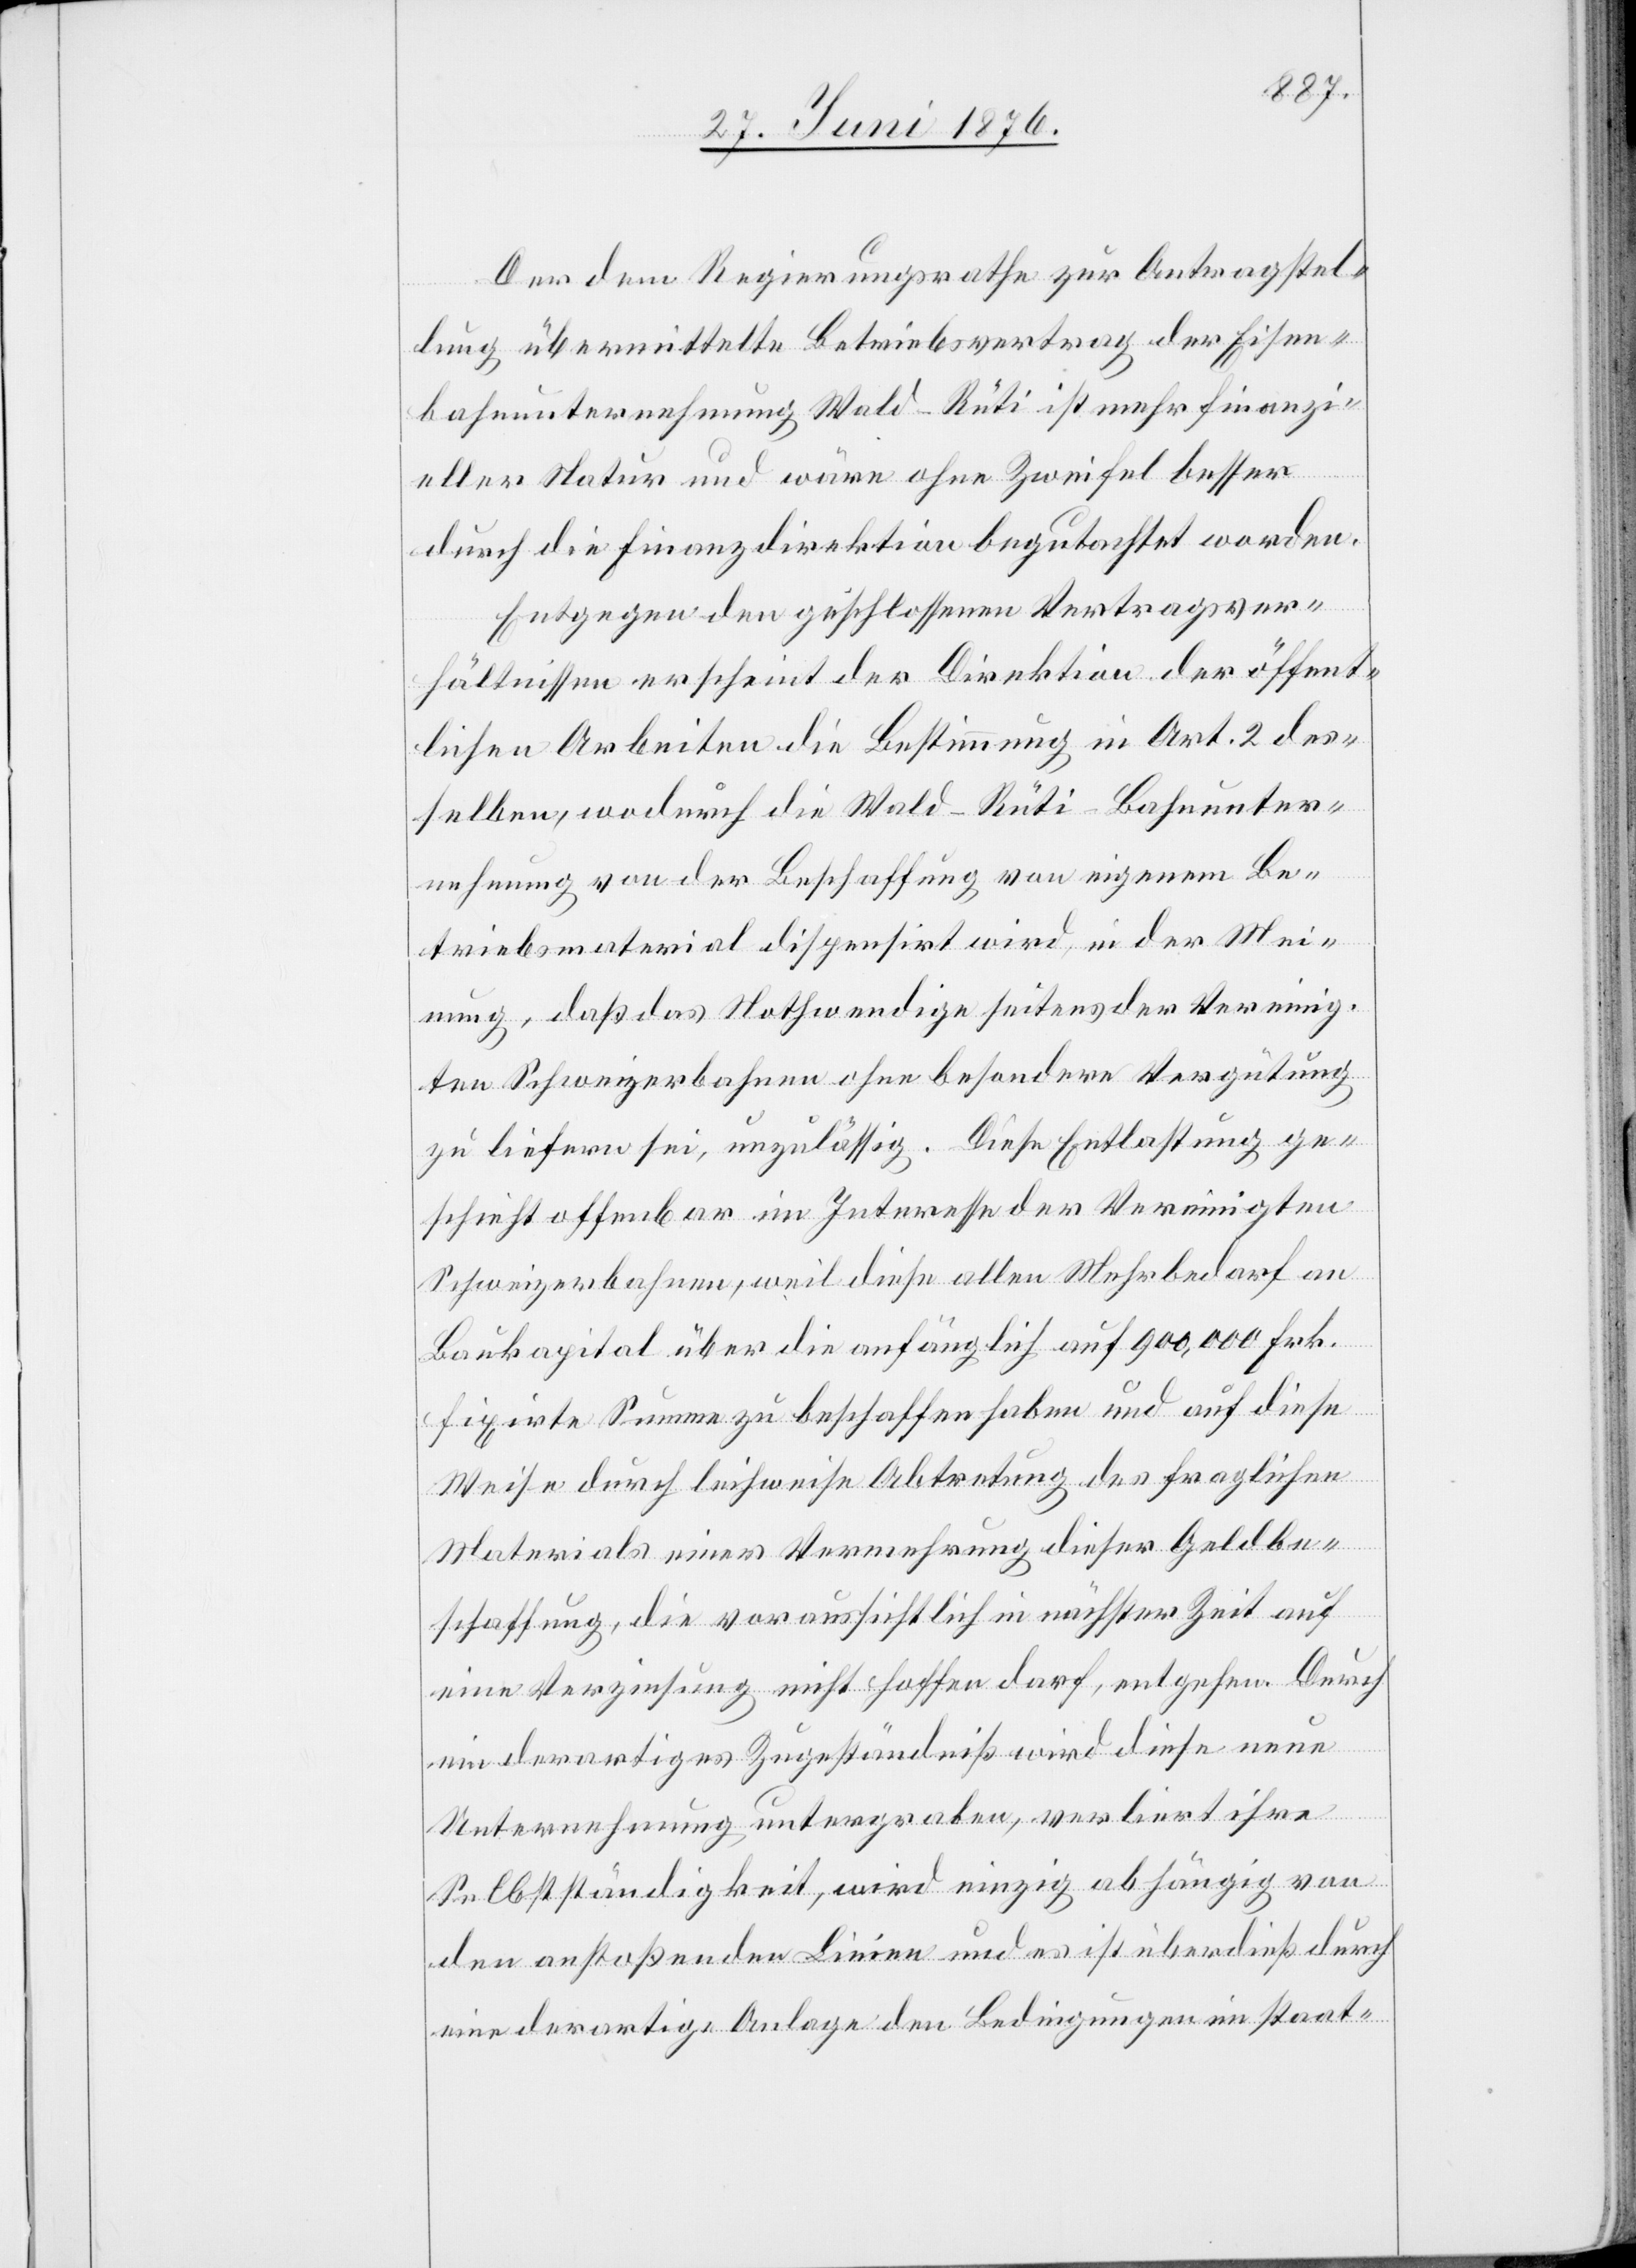
Der dem Regierungsrathe zur Antragstel¬
lung übermittelte Betriebsvertrag der Eisen¬
bahnunternehmung Wald–Rüti ist mehr finanzi¬
eller Natur und wäre ohne Zweifel besser
durch die Finanzdirektion begutachtet worden.
Entgegen den geschlossenen Vertragsver¬
hältnissen erscheint der Direktion der öffent¬
lichen Arbeiten die Bestimmung in Art. 2 des¬
selben, wodurch die Wald–Rüti–Bahnunter¬
nehmung von der Beschaffung von eigenem Be¬
triebsmaterial dispensirt wird, in der Mei¬
nung, daß das Nothwendige seitens der Vereinig¬
ten Schweizerbahnen besondere Vergütung
zu liefern sei, unzulässig. Diese Entlastung ge¬
schieht offenbar im Interesse der Vereinigten
Schweizerbahnen, weil diese allen Mehrbedarf an
Baukapital über die anfänglich auf 900,000 Frk.
fixirte Summe zu beschaffen haben und auf diese
Weise durch leihweise Abtretung des fraglichen
Materials einer Vernehmung dieser Geldbe¬
schaffung, die voraussichtlich in nächster Zeit auf
eine Verzinsung nicht hoffen darf, entgehen. Durch
ein derartiges Zugeständniß wird diese neue
Unternehmung untergraben, verliert ihre
Selbstständigkeit, wird einzig abhängig von
den anstoßenden Linien und es ist überdies durch
eine derartige Anlage den Bedingungen im staat-